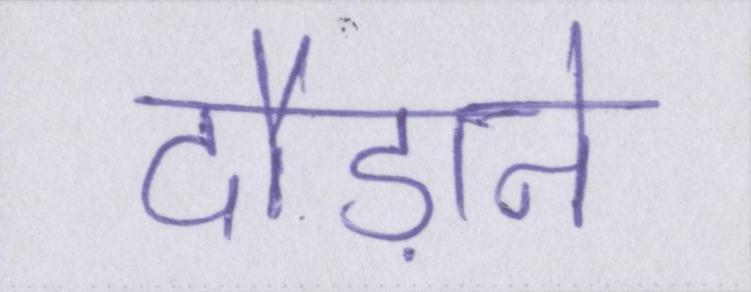
दौड़ाने